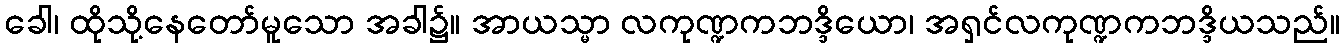
ခေါ၊ ထိုသို့နေတော်မူသော အခါ၌။ အာယသ္မာ လကုဏ္ဍကဘဒ္ဒိယော၊ အရှင်လကုဏ္ဍကဘဒ္ဒိယသည်။